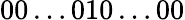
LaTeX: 00\ldots 010\ldots 00